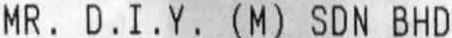
MR. D.I.Y. (M) SDN BHD